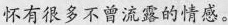
怀有很多不曾流露的情感。